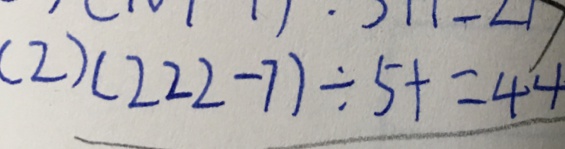
( 2 ) ( 2 2 2 - 7 ) \div 5 + = 4 4